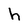
Character: h